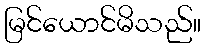
မြင်ယောင်မိသည်။